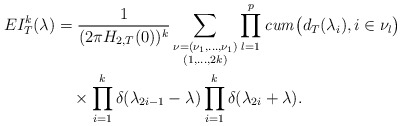
\begin{align*}EI_{T}^{k}(\lambda)&{}=\frac{1}{(2\pi H_{2,T}(0))^{k}}\sum_{\substack{\nu=(\nu_{1},\ldots,\nu_{1}) \\(1,\ldots,2k)}}\prod_{l=1}^{p}\mathit{cum}\bigl(d_{T}(\lambda_{i}),i\in\nu_{l} \bigr)\\&\quad{}\times\prod_{i=1}^{k}\delta(\lambda_{2i-1}-\lambda) \prod_{i=1}^{k}\delta(\lambda_{2i}+\lambda). \end{align*}